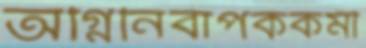
অগ্নিনির্বাপককর্মী